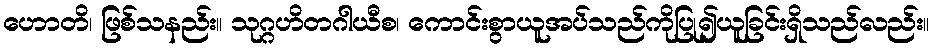
ဟောတိ၊ ဖြစ်သနည်း။ သုဂ္ဂဟိတဂါယီစ၊ ကောင်းစွာယူအပ်သည်ကိုပြု၍ယူခြင်းရှိသည်လည်း။